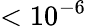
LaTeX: <10^{-6}